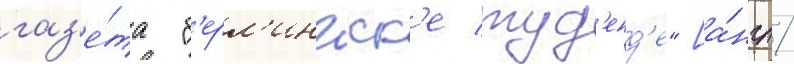
газ'е́та "б'ерл'ингск'е туд'енд'е" [а́нгл.